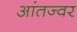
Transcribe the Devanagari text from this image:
आंतज्वर